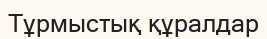
Тұрмыстық құралдар